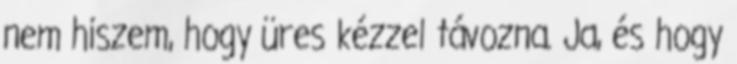
nem hiszem, hogy üres kézzel távozna. Ja, és hogy